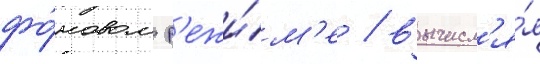
фо́новом р'ежи́м'е / вычисл'я́я